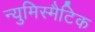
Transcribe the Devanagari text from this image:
न्युमिस्मैटिक